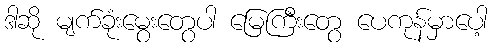
ဒါဆို မျက်ခုံးမွေးတွေပါ မြေကြီးတွေ ပေကုန်မှာပေါ့